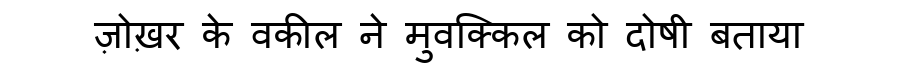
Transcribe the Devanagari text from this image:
ज़ोख़र के वकील ने मुवक्किल को दोषी बताया